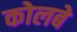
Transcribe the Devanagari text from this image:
कोलबे